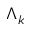
\Lambda _ { k }